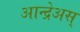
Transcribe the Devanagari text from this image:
आन्द्रेअस्